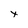
Character: x